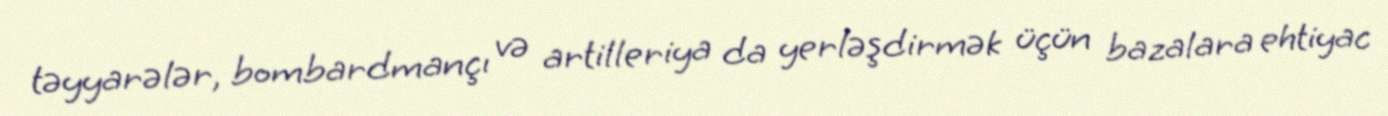
təyyarələr, bombardmançı və artilleriya da yerləşdirmək üçün bazalara ehtiyac